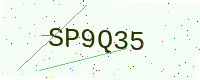
Text: SP9Q35